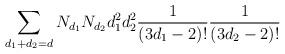
LaTeX: \begin{align*} \sum_{d_1+d_2=d} N_{d_1} N_{d_2} d_1^2 d_2^2 \frac{1}{(3d_1-2)!} \frac{1}{(3d_2-2)!} \end{align*}